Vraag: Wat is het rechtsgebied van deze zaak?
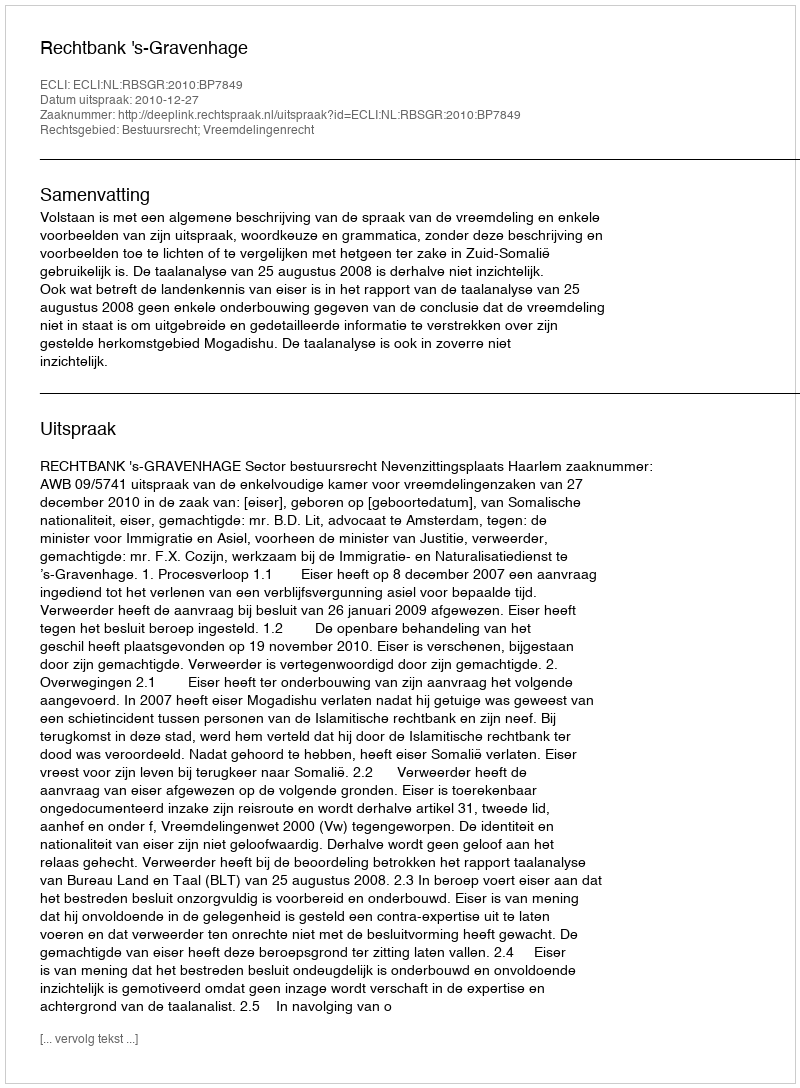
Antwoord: Bestuursrecht; Vreemdelingenrecht